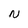
Character: N